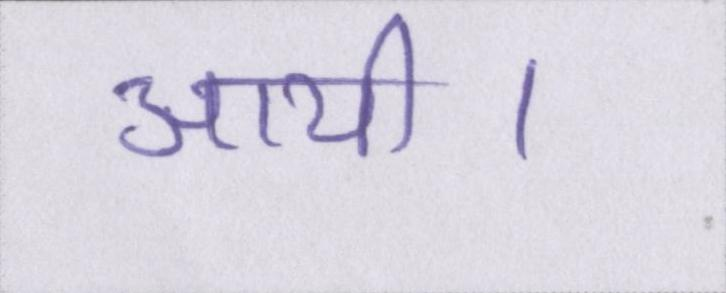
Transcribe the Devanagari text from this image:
आयी।